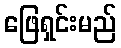
ဖြေရှင်းမည်